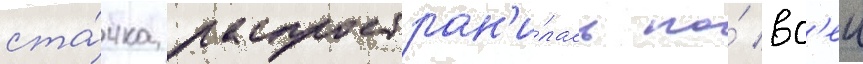
ста́чка распростран'и́лась по́ вс'еи